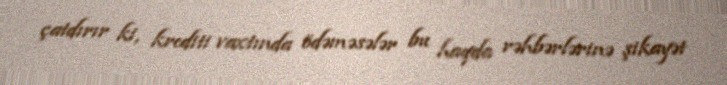
çatdırır ki, krediti vaxtında ödəməsələr bu haqda rəhbərlərinə şikayət